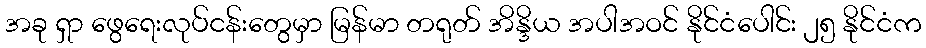
အခု ရှာ ဖွေရေးလုပ်ငန်းတွေမှာ မြန်မာ တရုတ် အိန္ဒိယ အပါအဝင် နိုင်ငံပေါင်း ၂၅ နိုင်ငံက